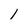
Character: l